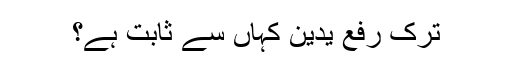
ترک رفع یدین کہاں سے ثابت ہے؟